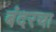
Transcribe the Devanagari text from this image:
बंदरचा